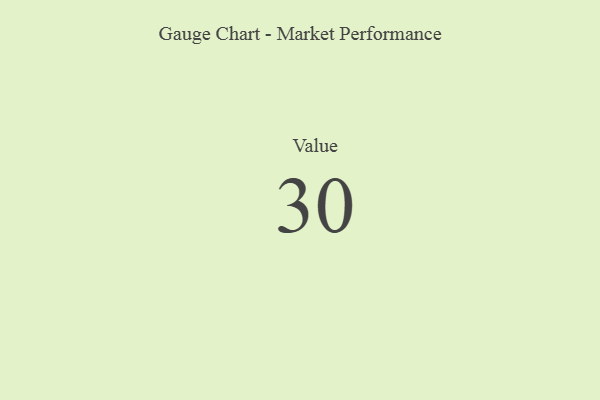
{"axis": {"x": "Metric", "y": "Value"}, "legend": [""], "data": [{"x": "Value", "y": 30, "type": ""}]}